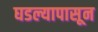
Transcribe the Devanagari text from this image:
घडल्यापासून